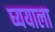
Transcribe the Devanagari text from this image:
घ्ययाला